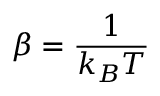
\beta = \frac { 1 } { k _ { B } T }